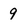
Character: 9